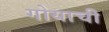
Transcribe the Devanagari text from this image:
गोयाची